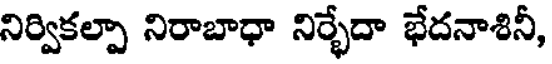
నిర్వికల్పా నిరాబాధా నిర్భేదా భేదనాశినీ,